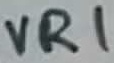
Text: VR1